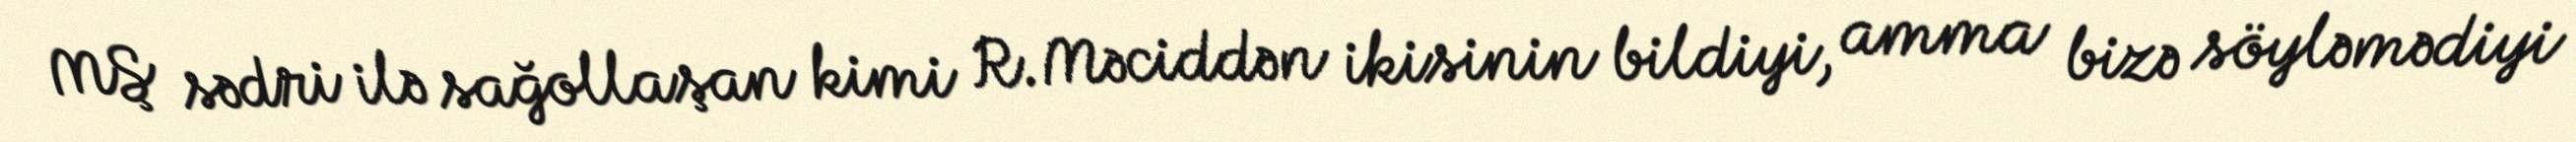
MŞ sədri ilə sağollaşan kimi R.Məciddən ikisinin bildiyi, amma bizə söyləmədiyi